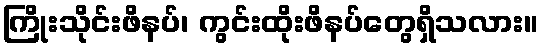
ကြိုးသိုင်းဖိနပ်၊ ကွင်းထိုးဖိနပ်တွေရှိသလား။